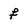
Character: f